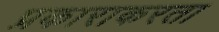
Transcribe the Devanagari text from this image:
प्रकाराकरता